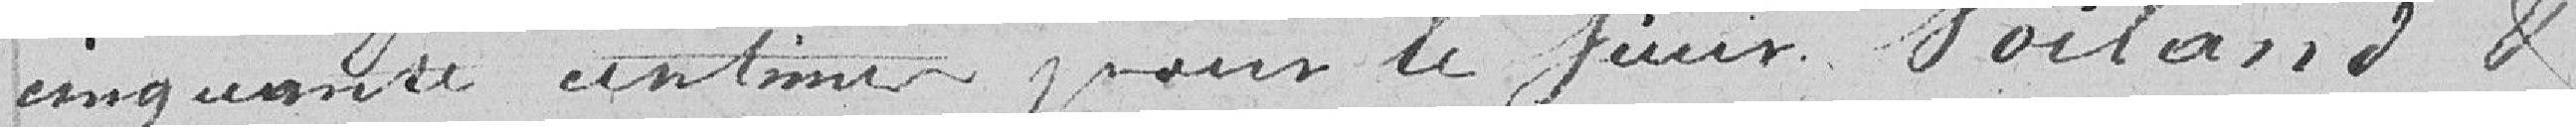
cinquante centimes pour le sieur Voiland &